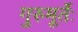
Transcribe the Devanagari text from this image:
गुरुमूर्तेः